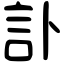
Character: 訃